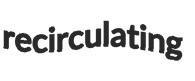
recirculating